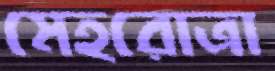
মেহরোত্রা